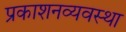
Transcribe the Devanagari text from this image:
प्रकाशनव्यवस्था